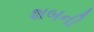
શબની